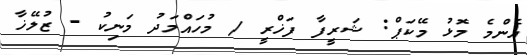
އެންމެ މޮޅު މޭކަޕް: ޝަރީފާ ފަޚްރީ / މުހައްމަދު މަނިކު - ޒުލޭޚާ